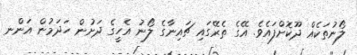
ލޯނުތަކެއް ދޫކޮށްފައެވެ. އޭގެ ތެރޭގައި ޗައިނާގެ ލޯނު އެހީގެ ދަށުން ހަދަމުން އަންނ